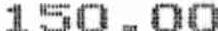
150.00